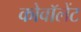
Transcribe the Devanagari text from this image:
कोवॉलेंट